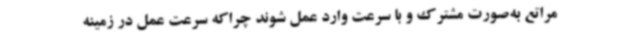
مراتع به‌صورت مشترک و با سرعت وارد عمل شوند چراکه سرعت عمل در زمینه